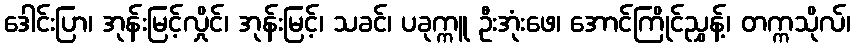
ဒေါင်းပြာ၊ အုန်းမြင့်လှိုင်၊ အုန်းမြင့်၊ သခင်၊ ပခုက္ကူ ဦးအုံးဖေ၊ အောင်ကြိုင်ညွှန့်၊ တက္ကသိုလ်၊